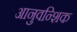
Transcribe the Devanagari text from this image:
आनुवन्शिक